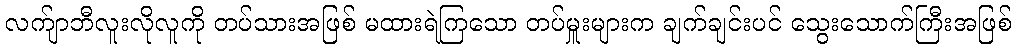
လက်ျာဘီလူးလိုလူကို တပ်သားအဖြစ် မထားရဲကြသော တပ်မှူးများက ချက်ချင်းပင် သွေးသောက်ကြီးအဖြစ်